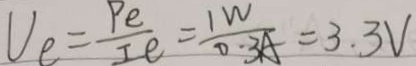
V _ { e } = \frac { P e } { I e } = \frac { 1 W } { 0 . 3 A } = 3 . 3 V